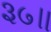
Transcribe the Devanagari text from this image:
३७॥